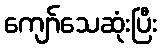
ကျော်သေဆုံးပြီး